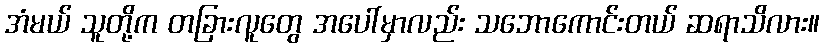
အံမယ် သူတို့က တခြားလူတွေ အပေါ်မှာလည်း သဘောကောင်းတယ် ဆရာသိလား။